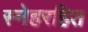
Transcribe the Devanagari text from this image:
स्नेहरहित